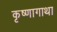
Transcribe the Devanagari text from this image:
कृष्णागाथा